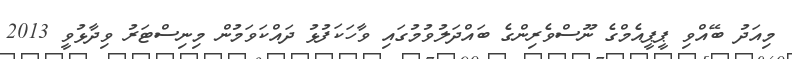
މިއަދު ބޭއްވި ޕީޕީއެމްގެ ނޫސްވެރިންގެ ބައްދަލުވުމުގައި ވާހަކަފުޅު ދައްކަވަމުން މިނިސްޓަރު ވިދާޅުވީ 2013